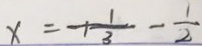
x = - 1 \frac { 1 } { 3 } - \frac { 1 } { 2 }